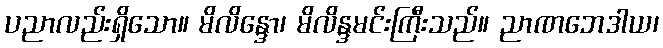
ပညာလည်းရှိသော။ မိလိန္ဒော၊ မိလိန္ဒမင်းကြီးသည်။ ညာဏဘေဒါယ၊